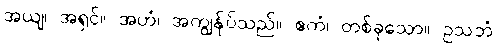
အယျ၊ အရှင်။ အဟံ၊ အကျွန်ုပ်သည်။ ဧကံ၊ တစ်ခုသော။ ဥသဘံ၊